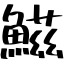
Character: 鰦